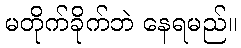
မတိုက်ခိုက်ဘဲ နေရမည်။